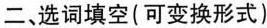
二、选词填空(可变换形式)